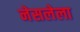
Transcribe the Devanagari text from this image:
नेसलेला